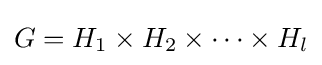
G=H_{1}\times H_{2}\times \cdots \times H_{l}